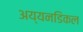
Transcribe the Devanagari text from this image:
अय्यनडिकल